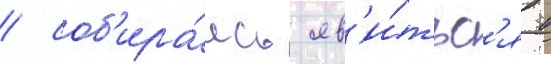
/ соб'ира́ясь яв'и́тьс'я в